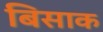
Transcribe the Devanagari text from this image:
बिसाक